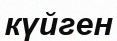
күйген